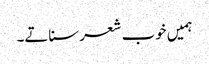
ہمیں خوب شعر سناتے۔